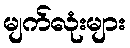
မျက်လုံးများ